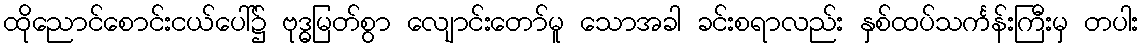
ထိုညောင်စောင်းငယ်ပေါ်၌ ဗုဒ္ဓမြတ်စွာ လျောင်းတော်မူ သောအခါ ခင်းစရာလည်း နှစ်ထပ်သင်္ကန်းကြီးမှ တပါး